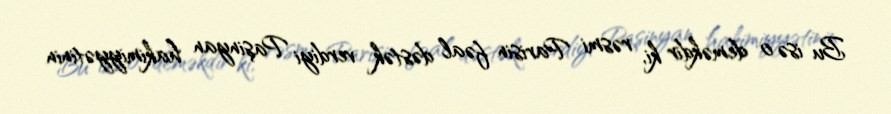
Bu isə o deməkdir ki, rəsmi Parisin fəal dəstək verdiyi Paşinyan hakimiyyətinin